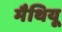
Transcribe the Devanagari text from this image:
मैथियू